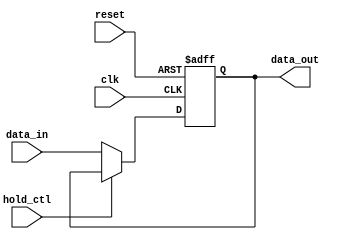
module hold_condition (
    input wire clk,                // Clock signal
    input wire reset,              // Reset signal
    input wire hold_ctl,           // Control signal for hold condition
    input wire [7:0] data_in,      // Data input
    output reg [7:0] data_out      // Data output
);

    // Initial value for data_out - can be customized
    initial begin
        data_out = 8'h00;          // Initialize output to 0
    end

    // Always block triggered on clock edge
    always @(posedge clk or posedge reset) begin
        if (reset) begin
            // On reset, initialize the output to predefined value
            data_out <= 8'h00;      // Reset output to 0
        end else if (hold_ctl) begin
            // If hold condition is active, retain the current output
            data_out <= data_out;   // Hold current value
        end else begin
            // If hold condition is not active, update output with data input
            data_out <= data_in;     // Update output to current input data
        end
    end

endmodule